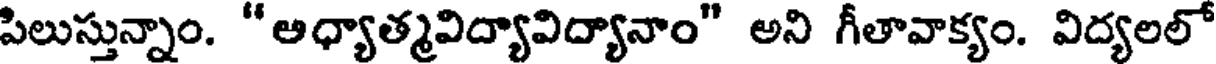
పిలుస్తున్నాం. " అధ్యాత్మవిద్యావిద్యానాం" అని గీతావాక్యం. విద్యలలో